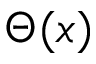
\Theta ( x )